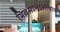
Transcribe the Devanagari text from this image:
भिल्लमालाआचार्य